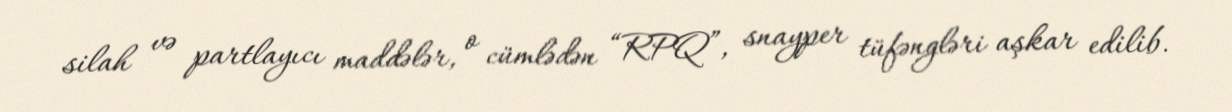
silah və partlayıcı maddələr, o cümlədən “RPQ”, snayper tüfəngləri aşkar edilib.